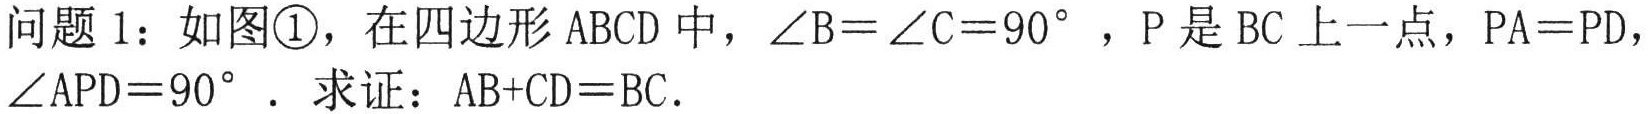
问题 1：如图\textcircled{1}，在四边形 \(ABCD\) 中，\(\angle B = \angle C = 90^{\circ}\)，\(P\) 是 \(BC\) 上一点，\(PA = PD\)，\(\angle APD = 90^{\circ}\)． 求证：\(AB + CD = BC\)．